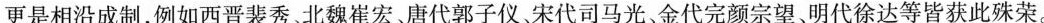
更是相沿成制，例如西晋裴秀、北魏崔宏、唐代郭子仪、宋代司马光、金代完颜宗望、明代徐达等皆获此殊荣。